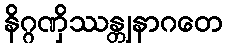
နိဂ္ဂဏှိဿန္တျနာဂတေ